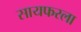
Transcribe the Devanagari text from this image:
सायफरला